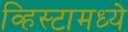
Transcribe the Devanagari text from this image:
व्हिस्टामध्ये